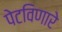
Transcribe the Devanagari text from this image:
पेटविणारे